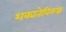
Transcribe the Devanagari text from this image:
शक्यतेविरुद्ध